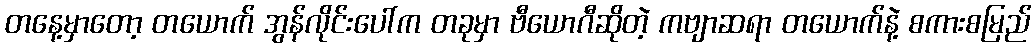
တနေ့မှာတော့ တယောက် အွန်လိုင်းပေါ်က တခုမှာ ဗီယောဂီဆိုတဲ့ ကဗျာဆရာ တယောက်နဲ့ စကားစမြည်